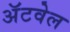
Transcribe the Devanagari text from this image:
अॅटवेल